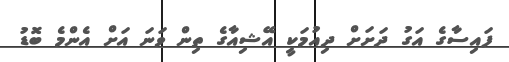
ފައިސާގެ އަގު ދަށަށް ދިއުމަކީ އޭޝިއާގެ ތިން ވަނަ އަށް އެންމެ ބޮޑު